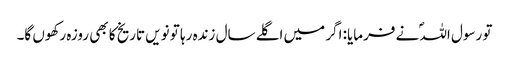
تو رسول اللہؐ نے فرمایا: اگر میں اگلے سال زندہ رہا تو نویں تاریخ کا بھی روزہ رکھوں گا۔